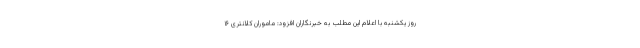
روز یکشنبه با اعلام این مطلب به خبرنگاران افزود: ماموران کلانتری ۱۶